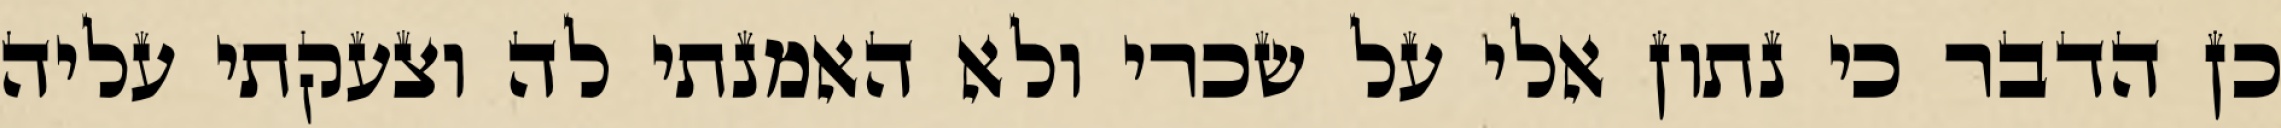
כן הדבר כי נתון אלי על שכרי ולא האמנתי לה וצעקתי עליה